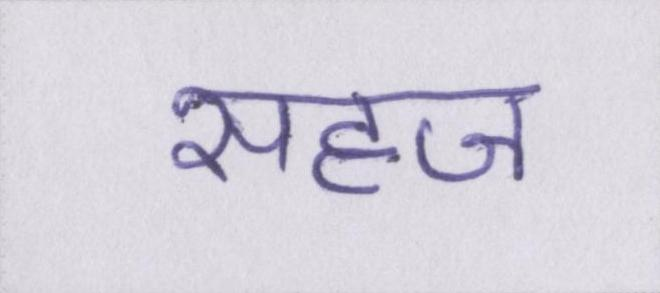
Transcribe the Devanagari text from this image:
सहज